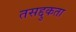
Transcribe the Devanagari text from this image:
तसद्दुकता